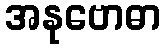
အနုဗောဓာ